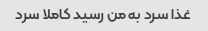
غذا سرد به من رسید کاملا سرد